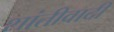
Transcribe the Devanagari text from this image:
शांतीवादी